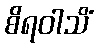
စိရဝါသိံ